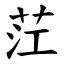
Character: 茳